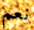
نعم